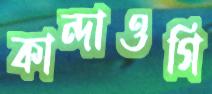
কান্দাওগি